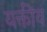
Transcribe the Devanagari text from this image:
यक्तीव